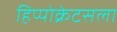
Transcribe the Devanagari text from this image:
हिप्पोक्रेटसला